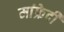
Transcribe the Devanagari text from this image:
मांफ्रेदी